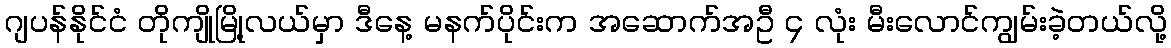
ဂျပန်နိုင်ငံ တိုကျိုမြို့လယ်မှာ ဒီနေ့ မနက်ပိုင်းက အဆောက်အဦ ၄ လုံး မီးလောင်ကျွမ်းခဲ့တယ်လို့